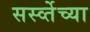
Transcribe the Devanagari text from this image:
सर्स्व्तेच्या